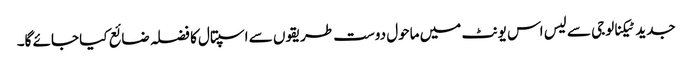
جدید ٹیکنالوجی سے لیس اس یونٹ میں ماحول دوست طریقوں سے اسپتال کا فضلہ ضائع کیا جائے گا۔